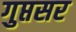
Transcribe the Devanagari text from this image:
गुप्तसर